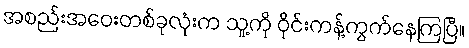
အစည်းအဝေးတစ်ခုလုံးက သူ့ကို ဝိုင်းကန့်ကွက်နေကြပြီ။